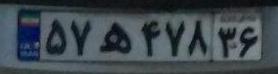
۵۷ه۴۷۸۳۶